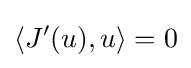
\langle J'(u),u\rangle =0